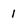
Character: 1